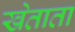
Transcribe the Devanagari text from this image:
खेताता